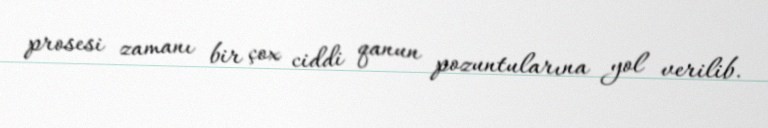
prosesi zamanı bir çox ciddi qanun pozuntularına yol verilib.